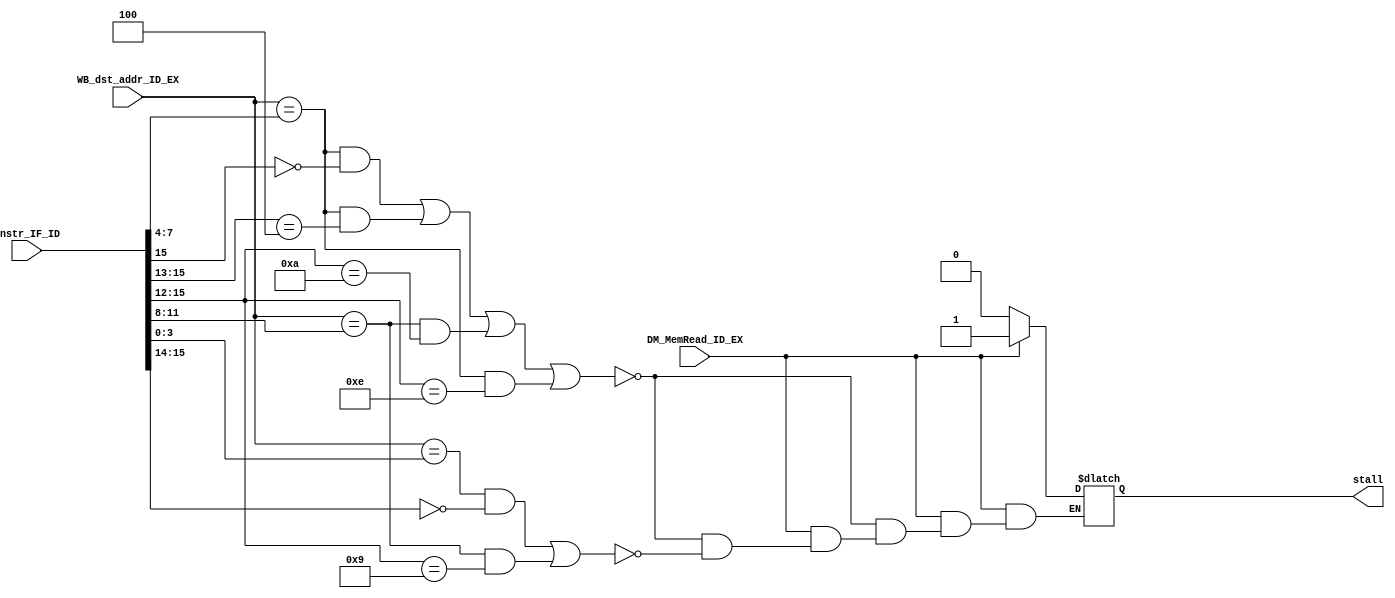
module hazardDetection(WB_dst_addr_ID_EX, DM_MemRead_ID_EX, instr_IF_ID, stall);
input [3:0] WB_dst_addr_ID_EX;	// MemRead
input DM_MemRead_ID_EX;		// ID/EX Rt
input [15:0] instr_IF_ID;
output reg stall;

always @(WB_dst_addr_ID_EX, DM_MemRead_ID_EX, instr_IF_ID) begin
  //
  if (DM_MemRead_ID_EX) begin
    // WB_dst_addr_ID_EX = rs ?
    if((WB_dst_addr_ID_EX == instr_IF_ID[7:4] && instr_IF_ID[15] == 1'b0)  //Rs -> ALU ops 
    || (WB_dst_addr_ID_EX == instr_IF_ID[7:4] && instr_IF_ID[15:13] == 3'b100)  //Rs -> lw/sw ops 
    || (WB_dst_addr_ID_EX == instr_IF_ID[11:8] && instr_IF_ID[15:12] == 4'b1010) //Rs -> LHB op
    || (WB_dst_addr_ID_EX == instr_IF_ID[7:4] && instr_IF_ID[15:12] == 4'b1110)) begin  //Rs -> JR op
      stall = 1'b1; 
    end 
    // WB_dst_addr_ID_EX = rs ?
    else if((WB_dst_addr_ID_EX == instr_IF_ID[3:0] && instr_IF_ID[15:14] == 2'b00)  //Rt -> ALU ops 
         || (WB_dst_addr_ID_EX == instr_IF_ID[11:8] && instr_IF_ID[15:12] == 4'b1001)) begin  //Rt -> SW
      stall = 1'b1;   
    end
  end
  //Not a lw instruction no stall
  else begin
    stall = 1'b0;
  end
end

endmodule